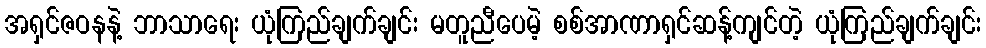
အရှင်ဇဝနနဲ့ ဘာသာရေး ယုံကြည်ချက်ချင်း မတူညီပေမဲ့ စစ်အာဏာရှင်ဆန့်ကျင်တဲ့ ယုံကြည်ချက်ချင်း